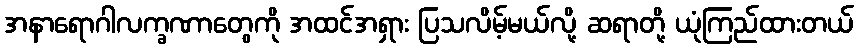
အနာရောဂါလက္ခဏာတွေကို အထင်အရှား ပြသလိမ့်မယ်လို့ ဆရာတို့ ယုံကြည်ထားတယ်